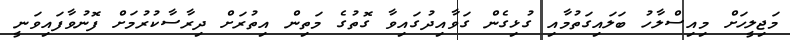
މަޖިލީހަށް މިއިސްލާހު ބަލައިގަތުމާއި ގުޅިގެން ގަވާއިދުގައިވާ ގޮތުގެ މަތިން އިތުރަށް ދިރާސާކުރުމަށް ފޮނުވާފައިވަނީ